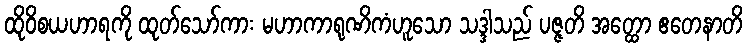
ထိုဝိစယဟာရကို ထုတ်သော်ကား မဟာကာရုဏိကံဟူသော သဒ္ဒါသည် ပဇ္ဇတိ အတ္ထော ဧတေနာတိ